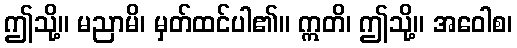
ဤသို့။ မညာမိ၊ မှတ်ထင်ပါ၏။ ဣတိ၊ ဤသို့။ အဝေါစ၊